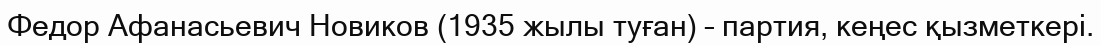
Федор Афанасьевич Новиков (1935 жылы туған) – партия, кеңес қызметкері.